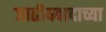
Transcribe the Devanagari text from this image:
जातीयवादाच्या